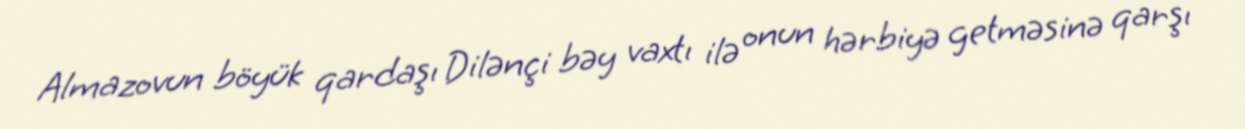
Almazovun böyük qardaşı Dilənçi bəy vaxtı ilə onun hərbiyə getməsinə qarşı